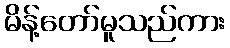
မိန့်တော်မူသည်ကား